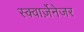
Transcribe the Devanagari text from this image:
स्क्वार्ज़ेनेजर